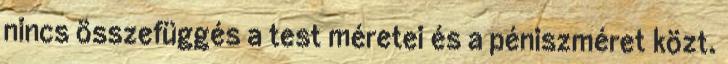
nincs összefüggés a test méretei és a péniszméret közt.